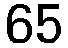
65